Problem: 12 + 16 = ?
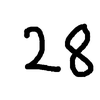
Handwritten answer: 28